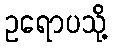
ဥရောပသို့